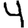
Digit: 4